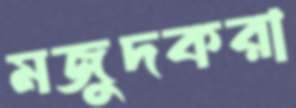
মজুদকরা